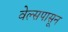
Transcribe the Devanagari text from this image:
वेल्सपासून